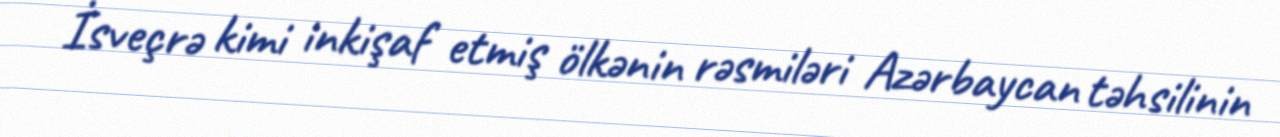
İsveçrə kimi inkişaf etmiş ölkənin rəsmiləri Azərbaycan təhsilinin